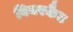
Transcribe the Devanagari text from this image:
बियरकैट